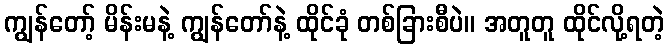
ကျွန်တော့် မိန်းမနဲ့ ကျွန်တော်နဲ့ ထိုင်ခုံ တစ်ခြားစီပဲ။ အတူတူ ထိုင်လို့ရတဲ့